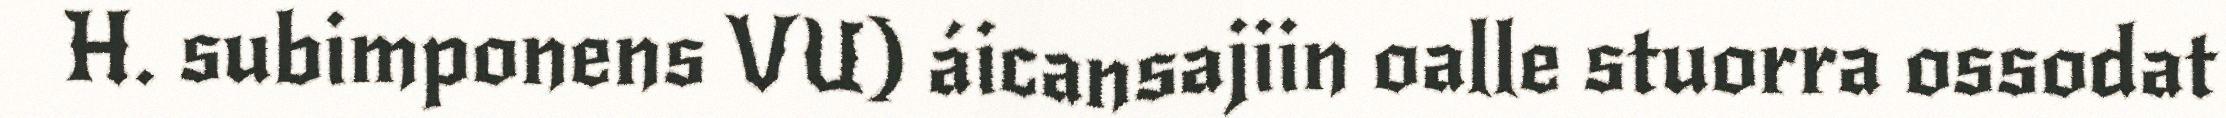
H. subimponens VU) áicansajiin oalle stuorra ossodat